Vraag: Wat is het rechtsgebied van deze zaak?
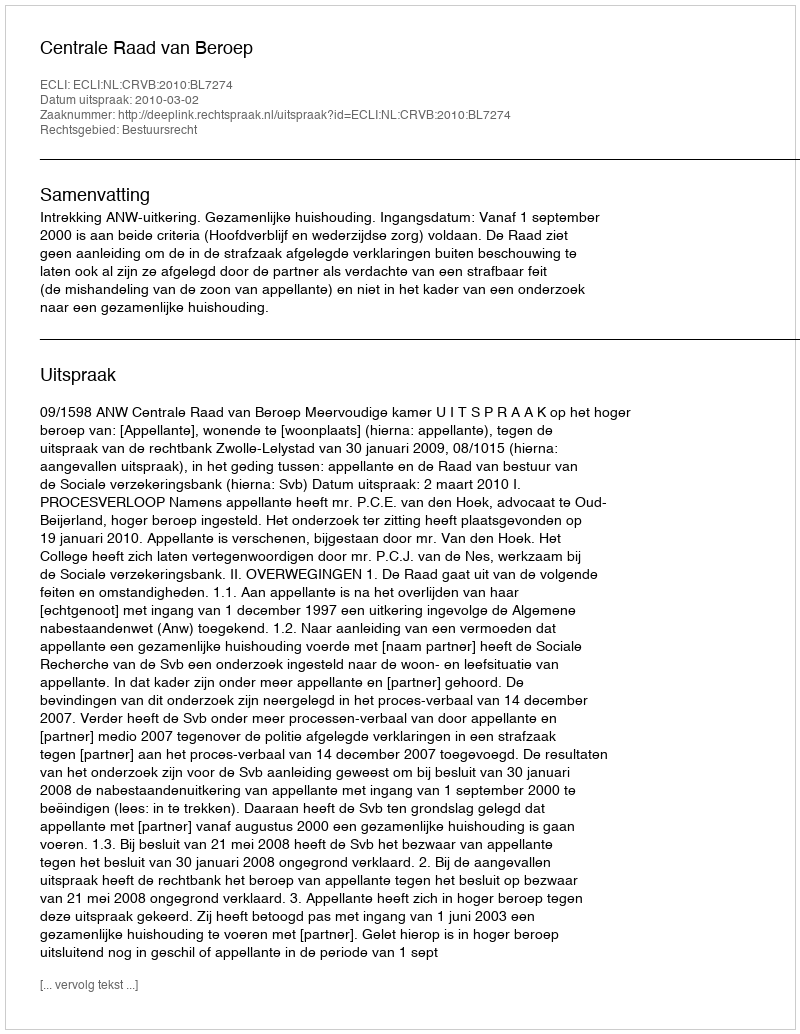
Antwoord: Bestuursrecht